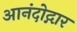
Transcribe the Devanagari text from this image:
आनंदोद्गार